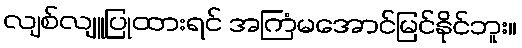
လျစ်လျူပြုထားရင် အကြံမအောင်မြင်နိုင်ဘူး။